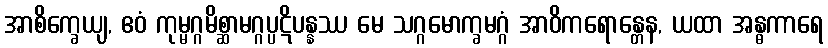
အာစိက္ခေယျ, ဧဝံ ကုမ္မဂ္ဂမိစ္ဆာမဂ္ဂပ္ပဋိပန္နဿ မေ သဂ္ဂမောက္ခမဂ္ဂံ အာဝိကရောန္တေန, ယထာ အန္ဓကာရေ